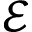
\mathcal { E }